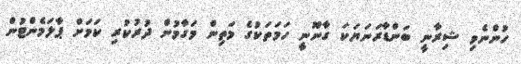
ހުންނެވި ޝިރާނީ ބަންޑާރަނަޔަކަ ގާނޫނީ ހަމަތަކުގެ މަތިން މަގާމުން ދުރުކުރި ކަމަށް ޕާލަމެންޓުން